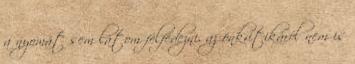
a nyomát sem látom felfedezni, az önkritikáról nem is